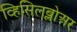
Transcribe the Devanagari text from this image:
व्हिसिलब्लोअर